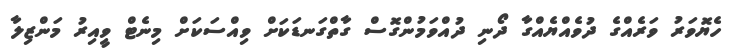
ހެޔޮވަރު ވަރެއްގެ ދުވެއްޔެއްގާ ދޯނި ދުއްވަމުންގޮސް ގާތްގަނޑަކަށް ވިއްސަކަށް މިނެޓް ވީއިރު މަންޒިލާ